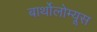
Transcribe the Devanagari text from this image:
बार्थोलोम्यूस